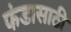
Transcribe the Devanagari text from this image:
फंडासाठी